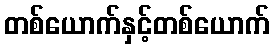
တစ်ယောက်နှင့်တစ်ယောက်